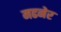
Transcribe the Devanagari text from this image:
मढनेर